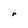
Character: r